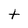
Character: t